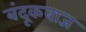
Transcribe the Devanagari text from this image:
बंदूकबाज